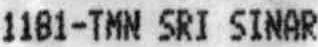
1181-TMN SRI SINAR